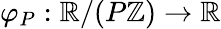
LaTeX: \varphi_{P}:\mathbb{R}/(P\mathbb{Z})\to\mathbb{R}